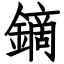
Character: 鏑